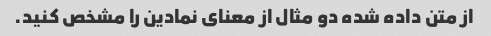
از متن داده شده دو مثال از معنای نمادین را مشخص کنید.